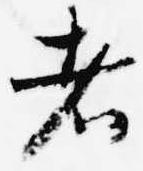
者